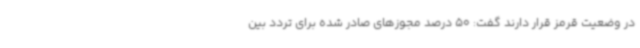
در وضعیت قرمز قرار دارند گفت: 50 درصد مجوزهای صادر شده برای تردد بین